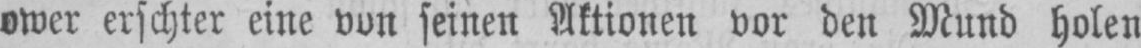
ower erschter eine von seinen Aktionen vor den Mund holen